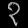
Digit: ၃